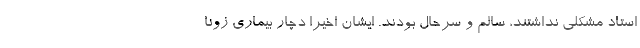
استاد مشکلی نداشتند، سالم و سرحال بودند. ایشان اخیرا دچار بیماری زونا